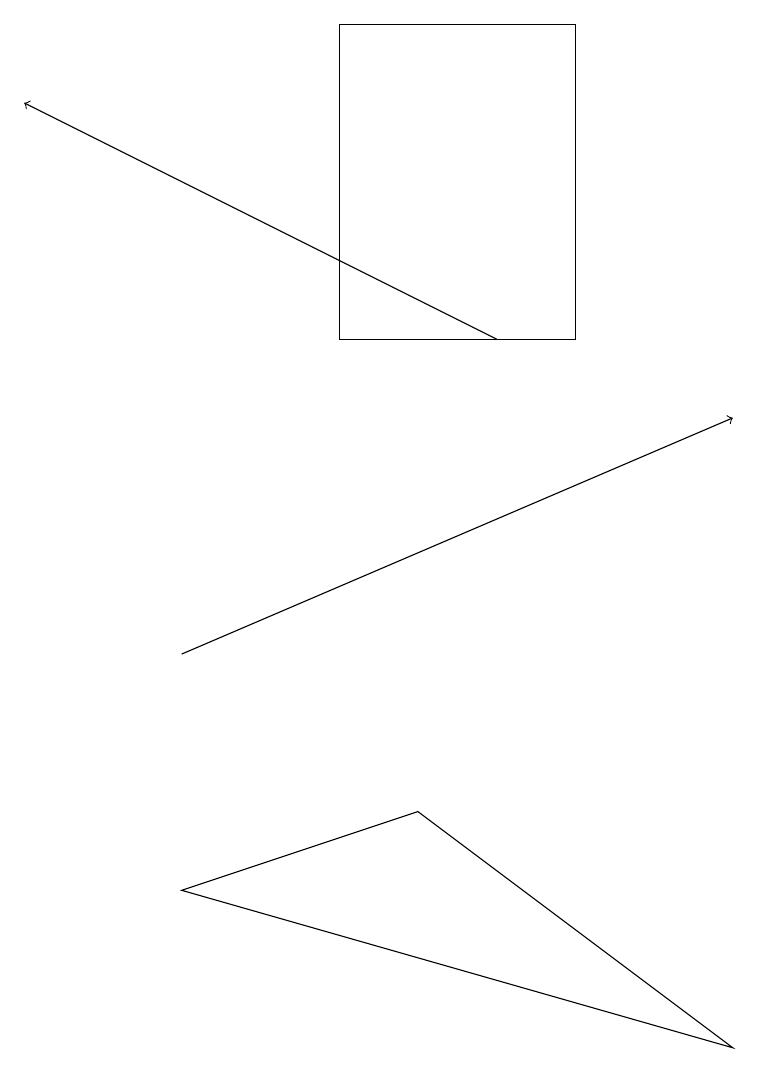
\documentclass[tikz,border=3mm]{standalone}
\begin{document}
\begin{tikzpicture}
\draw (9,5) -- (2,7) -- (5,8) -- cycle;
\draw (4,18) rectangle (7,14);
\draw[->] (6,14) -- (0,17);
\draw[->] (2,10) -- (9,13);
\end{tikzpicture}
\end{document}